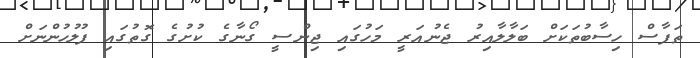
ތަފާސް ހިސާބުތަކަށް ބަލާލާއިރު ޖެނުއަރީ މަހުގައި ޖިންސީ ގޯނާގެ ކުށުގެ ގޮތުގައި ފުލުހުންނަށް